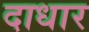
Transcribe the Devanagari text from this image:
दाधार